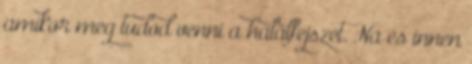
amikor meg tudod venni a halálfejszét. Na és innen